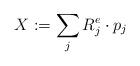
LaTeX: \begin{align*} X:=\sum_j R_j^e \cdot p_j\end{align*}